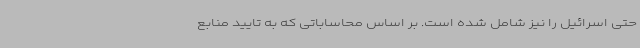
حتی اسرائیل را نیز شامل شده است. بر اساس محاساباتی که به تایید منابع